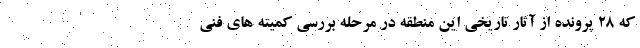
که ۲۸ پرونده از آثار تاریخی این منطقه در مرحله بررسی کمیته های فنی